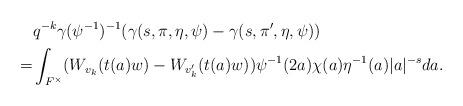
LaTeX: \begin{align*}&q^{-k}\gamma(\psi^{-1})^{-1}(\gamma(s,\pi,\eta,\psi)-\gamma(s,\pi',\eta,\psi))\\=&\int_{F^\times} ( W_{v_k}(t(a)w)-W_{v_k'}(t(a)w))\psi^{-1}(2a) \chi(a)\eta^{-1}(a)|a|^{-s} da.\end{align*}